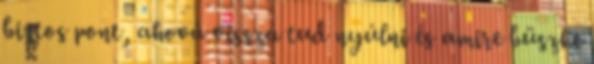
biztos pont, ahová vissza tud nyúlni és amire büszke